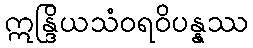
ဣန္ဒြိယသံဝရဝိပန္နဿ